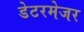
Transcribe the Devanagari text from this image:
डेटरमेजर